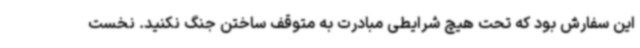
این سفارش بود که تحت هیچ شرایطی مبادرت به متوقف ساختن جنگ نکنید. نخست